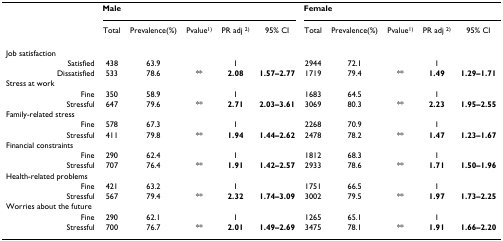
<table><thead><tr><td></td><td colspan="5"><b>Male</b></td><td colspan="5"><b>Female</b></td></tr><tr><td></td><td><b>Total</b></td><td><b>Prevalence(%)</b></td><td><b>Pvalue<sup>1)</sup></b></td><td><b>PR adj <sup>2)</sup></b></td><td><b>95% CI</b></td><td><b>Total</b></td><td><b>Prevalence(%)</b></td><td><b>Pvalue<sup>1)</sup></b></td><td><b>PR adj <sup>2)</sup></b></td><td><b>95% CI</b></td></tr></thead><tbody><tr><td>Job satisfaction</td><td></td><td></td><td></td><td></td><td></td><td></td><td></td><td></td><td></td><td></td></tr><tr><td>Satisfied</td><td>438</td><td>63.9</td><td></td><td>1</td><td></td><td>2944</td><td>72.1</td><td></td><td>1</td><td></td></tr><tr><td>Dissatisfied</td><td>533</td><td>78.6</td><td>**</td><td><b>2.08</b></td><td><b>1.57–2.77</b></td><td>1719</td><td>79.4</td><td>**</td><td><b>1.49</b></td><td><b>1.29–1.71</b></td></tr><tr><td>Stress at work</td><td></td><td></td><td></td><td></td><td></td><td></td><td></td><td></td><td></td><td></td></tr><tr><td>Fine</td><td>350</td><td>58.9</td><td></td><td>1</td><td></td><td>1683</td><td>64.5</td><td></td><td>1</td><td></td></tr><tr><td>Stressful</td><td>647</td><td>79.6</td><td>**</td><td><b>2.71</b></td><td><b>2.03–3.61</b></td><td>3069</td><td>80.3</td><td>**</td><td><b>2.23</b></td><td><b>1.95–2.55</b></td></tr><tr><td>Family-related stress</td><td></td><td></td><td></td><td></td><td></td><td></td><td></td><td></td><td></td><td></td></tr><tr><td>Fine</td><td>578</td><td>67.3</td><td></td><td>1</td><td></td><td>2268</td><td>70.9</td><td></td><td>1</td><td></td></tr><tr><td>Stressful</td><td>411</td><td>79.8</td><td>**</td><td><b>1.94</b></td><td><b>1.44–2.62</b></td><td>2478</td><td>78.2</td><td>**</td><td><b>1.47</b></td><td><b>1.23–1.67</b></td></tr><tr><td>Financial constraints</td><td></td><td></td><td></td><td></td><td></td><td></td><td></td><td></td><td></td><td></td></tr><tr><td>Fine</td><td>290</td><td>62.4</td><td></td><td>1</td><td></td><td>1812</td><td>68.3</td><td></td><td>1</td><td></td></tr><tr><td>Stressful</td><td>707</td><td>76.4</td><td>**</td><td><b>1.91</b></td><td><b>1.42–2.57</b></td><td>2933</td><td>78.6</td><td>**</td><td><b>1.71</b></td><td><b>1.50–1.96</b></td></tr><tr><td>Health-related problems</td><td></td><td></td><td></td><td></td><td></td><td></td><td></td><td></td><td></td><td></td></tr><tr><td>Fine</td><td>421</td><td>63.2</td><td></td><td>1</td><td></td><td>1751</td><td>66.5</td><td></td><td>1</td><td></td></tr><tr><td>Stressful</td><td>567</td><td>79.4</td><td>**</td><td><b>2.32</b></td><td><b>1.74–3.09</b></td><td>3002</td><td>79.5</td><td>**</td><td><b>1.97</b></td><td><b>1.73–2.25</b></td></tr><tr><td>Worries about the future</td><td></td><td></td><td></td><td></td><td></td><td></td><td></td><td></td><td></td><td></td></tr><tr><td>Fine</td><td>290</td><td>62.1</td><td></td><td>1</td><td></td><td>1265</td><td>65.1</td><td></td><td>1</td><td></td></tr><tr><td>Stressful</td><td>700</td><td>76.7</td><td>**</td><td><b>2.01</b></td><td><b>1.49–2.69</b></td><td>3475</td><td>78.1</td><td>**</td><td><b>1.91</b></td><td><b>1.66–2.20</b></td></tr></tbody></table>